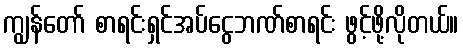
ကျွန်တော် စာရင်းရှင်အပ်ငွေဘဏ်စာရင်း ဖွင့်ဖို့လိုတယ်။